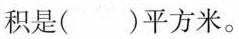
积是()平方米。